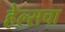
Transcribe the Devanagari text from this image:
हेल्सचा